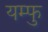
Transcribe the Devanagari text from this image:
यम्फु